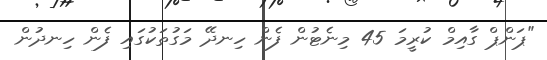
"ޕަންޕް ގާއިމް ކުރީމަ 45 މިނެޓުން ފެން ހިނދޭ މަގުތަކުގައި ފެން ހިނދުން